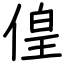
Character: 偟